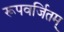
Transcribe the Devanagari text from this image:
रूपवर्जितम्